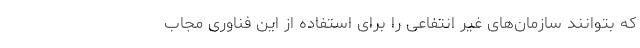
که بتوانند سازمان‌های غیر انتفاعی را برای استفاده از این فناوری مجاب